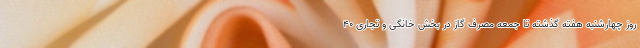
روز چهارشنبه هفته گذشته تا جمعه مصرف گاز در بخش خانگی و تجاری ۴۰